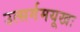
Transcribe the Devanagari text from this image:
उत्सर्गमयूखः